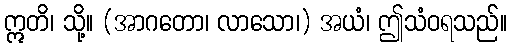
ဣတိ၊ သို့။ (အာဂတော၊ လာသော၊) အယံ၊ ဤသံဝရသည်။